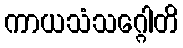
ကာယသံသဂ္ဂေါတိ